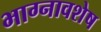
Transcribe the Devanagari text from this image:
भाग्नावशेष